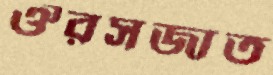
ঔরসজাত